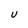
Character: u